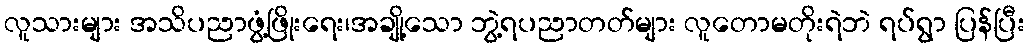
လူသားများ အသိပညာဖွံ့ဖြိုးရေး၊အချို့သော ဘွဲ့ရပညာတတ်များ လူတောမတိုးရဲဘဲ ရပ်ရွာ ပြန်ပြီး